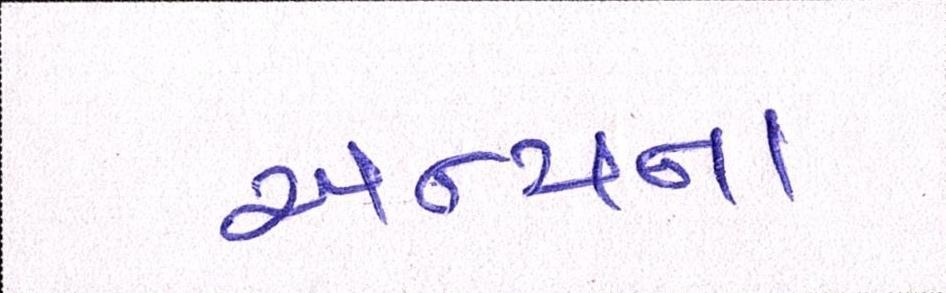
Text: અન્યના